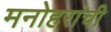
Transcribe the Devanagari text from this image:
मनोहरांची